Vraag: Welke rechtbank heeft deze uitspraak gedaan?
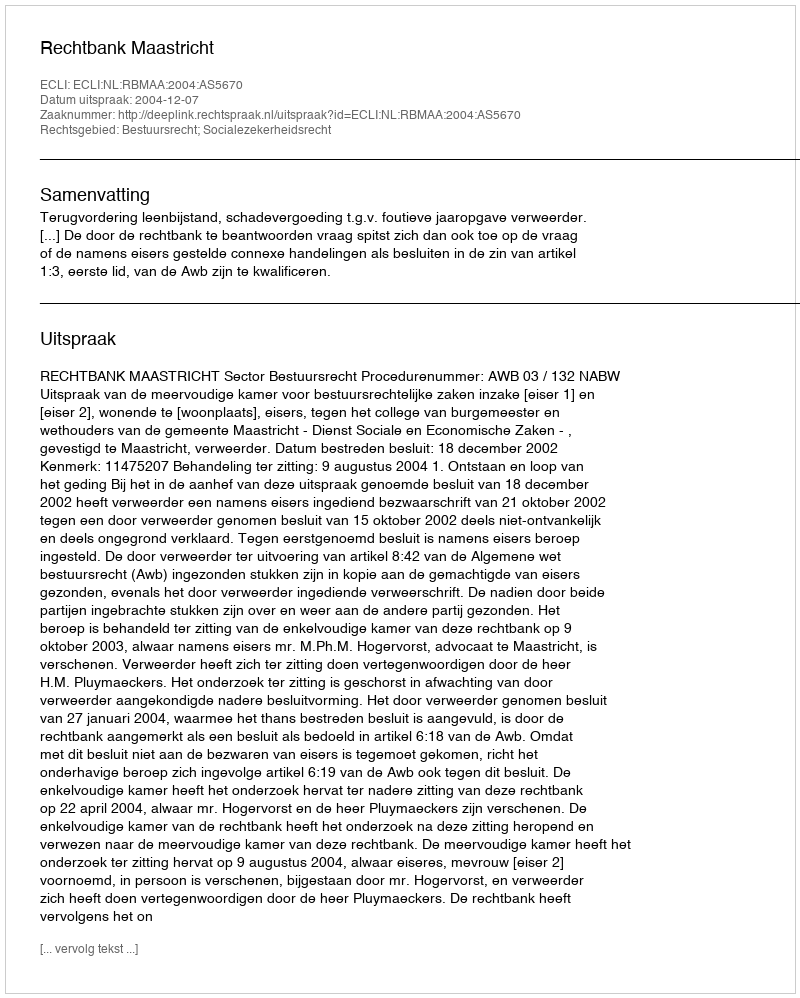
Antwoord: Rechtbank Maastricht